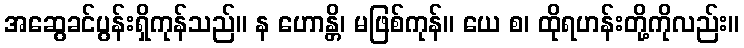
အဆွေခင်ပွန်းရှိကုန်သည်။ န ဟောန္တိ၊ မဖြစ်ကုန်။ ယေ စ၊ ထိုရဟန်းတို့ကိုလည်း။